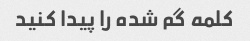
کلمه گم شده را پیدا کنید